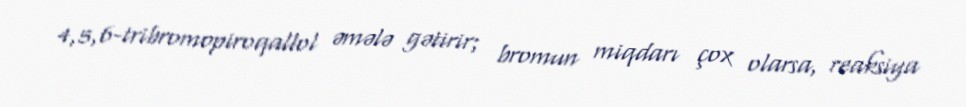
4,5,6-tribromopiroqallol əmələ gətirir; bromun miqdarı çox olarsa, reaksiya